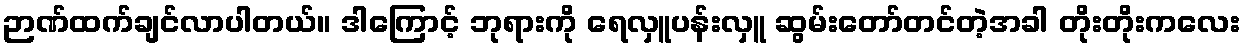
ဉာဏ်ထက်ချင်လာပါတယ်။ ဒါကြောင့် ဘုရားကို ရေလှူပန်းလှူ ဆွမ်းတော်တင်တဲ့အခါ တိုးတိုးကလေး